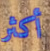
أكثر